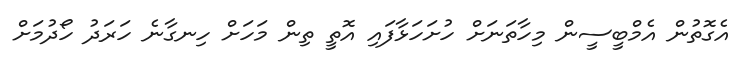
އެގޮތުން އެމްބީސީން މިހާތަނަށް ހުށަހަޅާފައި އޮތީ ތިން މަހަށް ހިނގާނެ ހަރަދު ހޯދުމަށް